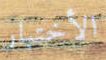
الأختبار